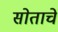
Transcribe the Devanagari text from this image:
सोताचे